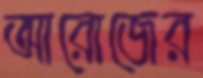
আরোজের